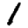
Digit: 1